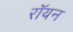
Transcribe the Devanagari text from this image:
रॉयन